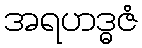
အရဟဒ္ဓဇံ